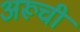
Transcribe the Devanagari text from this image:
अरूची